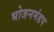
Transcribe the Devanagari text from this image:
भोजनमंडप